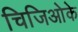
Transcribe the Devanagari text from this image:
चिजिओके